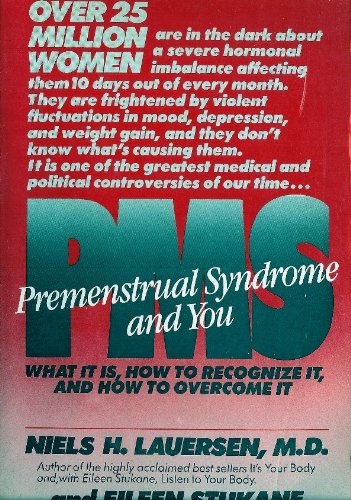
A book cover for Pre-Menstrual Syndrome; Niels H. Lauersen; Health, Fitness & Dieting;